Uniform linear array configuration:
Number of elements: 32
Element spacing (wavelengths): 0.25
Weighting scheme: hann
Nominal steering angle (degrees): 30
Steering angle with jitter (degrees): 30.093
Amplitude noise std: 0.05
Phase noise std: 0.05

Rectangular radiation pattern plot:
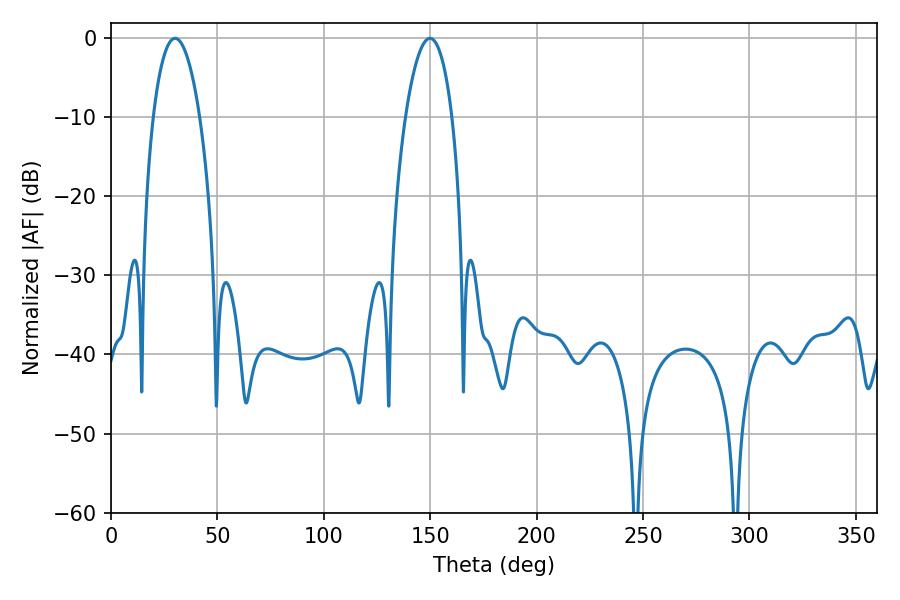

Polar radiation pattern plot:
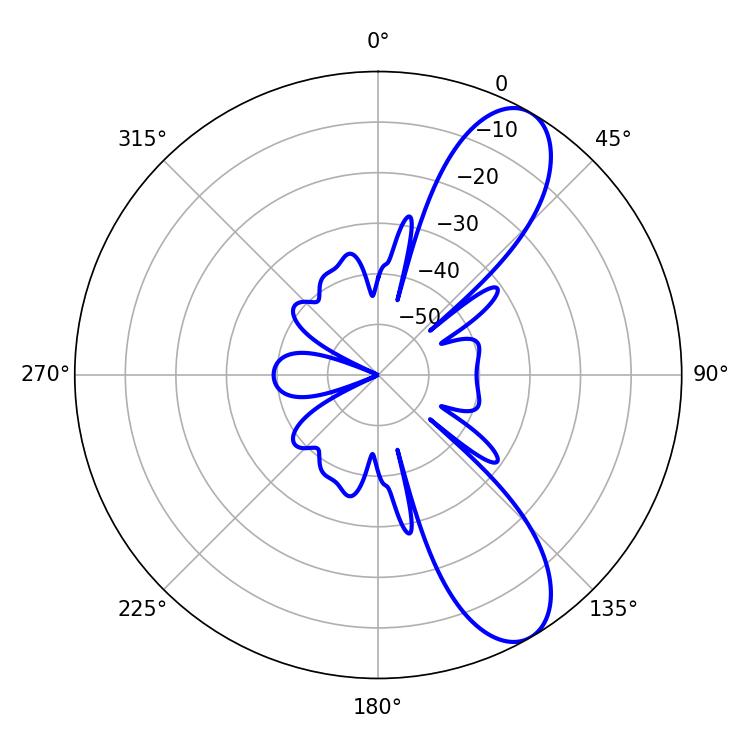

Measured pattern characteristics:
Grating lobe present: FALSE
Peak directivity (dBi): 9.412
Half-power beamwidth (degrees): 12.24
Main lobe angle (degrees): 30.06